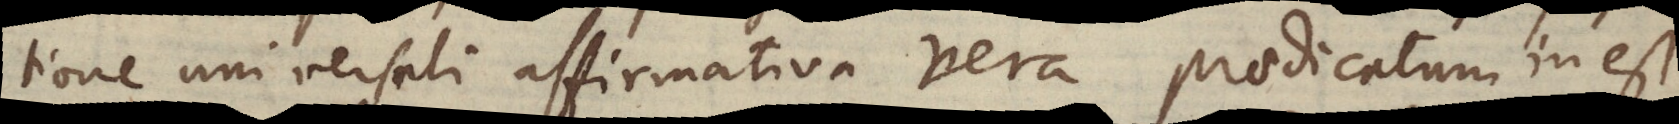
tione universali affirmativa vera praedicatum inest